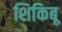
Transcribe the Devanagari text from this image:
शिकिबू